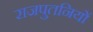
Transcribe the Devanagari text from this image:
राजपुतनियों